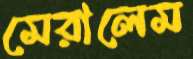
মেরালেম